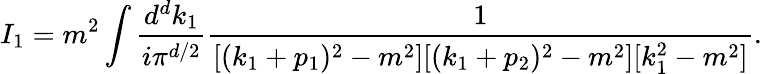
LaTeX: I_{1}=m^{2}\int\frac{d^{d}k_{1}}{i\pi^{d/2}}\frac{1}{[(k_{1}+p_{1})^{2}-m^{2}][(k_{1}+p_{2})^{2}-m^{2}][k_{1}^{2}-m^{2}]}.